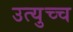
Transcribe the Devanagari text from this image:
उत्युच्च